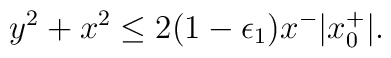
y^2 + x^2 \le 2(1-\epsilon_1) x^- |x^+_0|.